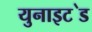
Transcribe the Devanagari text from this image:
युनाइट॓ड